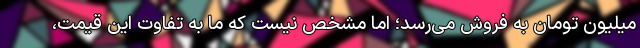
میلیون تومان به فروش می‌رسد؛ اما مشخص نیست که ما به تفاوت این قیمت،